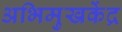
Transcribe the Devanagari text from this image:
अभिमुखकेंद्र